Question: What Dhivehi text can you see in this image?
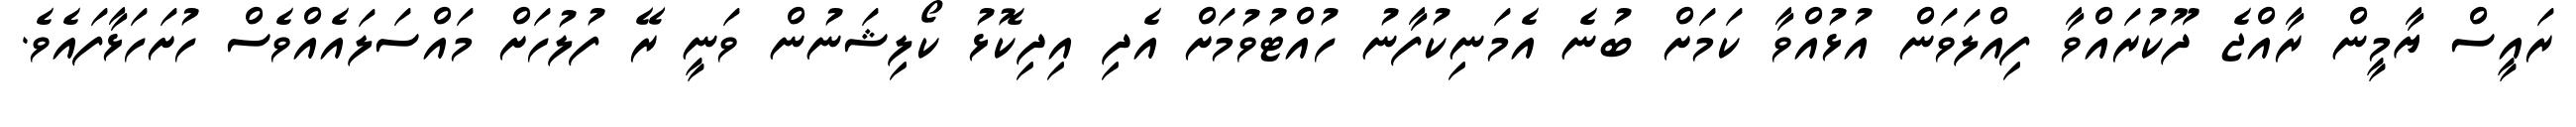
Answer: ރައީސް ޔާމީން ރާއްޖެ ދޫކުރައްވާ ފިއްލަވަން އުޅުއްވާ ކަމަށް ބުނެ އެމަނިކުފާނު ހުއްޓުވުމަށް އެދި އިދިކޮޅު ކޯލިޝަނުން ވަނީ ރޭ ފުލުހަށް މައްސަލައެއްވެސް ހުށަހަޅާފައެވެ.